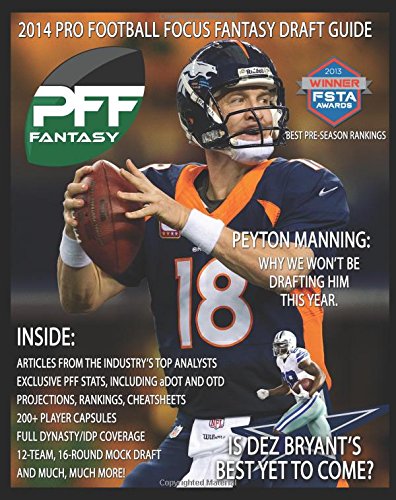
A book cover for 2014 Pro Football Focus Fantasy Draft Guide: August Update of the 2014 PFF Fantasy Draft Guide; Mike Clay; Humor & Entertainment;